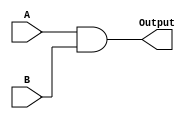
module AND(A, B, Output);
   
    input[31:0]A;
    input[31:0]B;

   
    output reg[31:0]Output;

  
    always@(A, B)
        
        Output = A & B;
endmodule